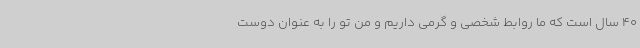
40 سال است که ما روابط شخصی و گرمی داریم و من تو را به عنوان دوست